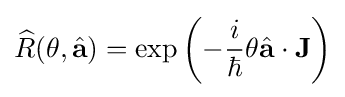
{\widehat {R}}(\theta ,{\hat {\mathbf {a} }})=\exp \left(-{\frac {i}{\hbar }}\theta {\hat {\mathbf {a} }}\cdot \mathbf {J} \right)